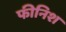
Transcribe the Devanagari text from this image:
फीनिश